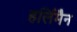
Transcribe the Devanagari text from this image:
हर्लिमैन